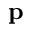
\textbf { p }